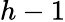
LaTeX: h-1